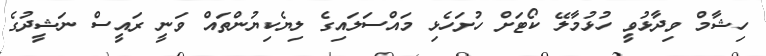
ހިޝާމް ވިދާޅުވީ ހުޅުމާލޭ ކޯޓަށް ހުށަހެޅި މައްސަލައިގެ ލިޔެކިޔުންތައް ވަނީ ރައީސް ނަޝީދުގެ